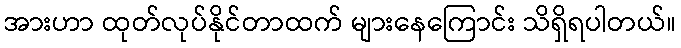
အားဟာ ထုတ်လုပ်နိုင်တာထက် များနေကြောင်း သိရှိရပါတယ်။